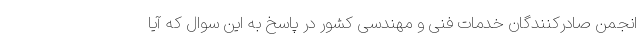
انجمن صادرکنندگان خدمات فنی و مهندسی کشور در پاسخ به این سوال که آیا